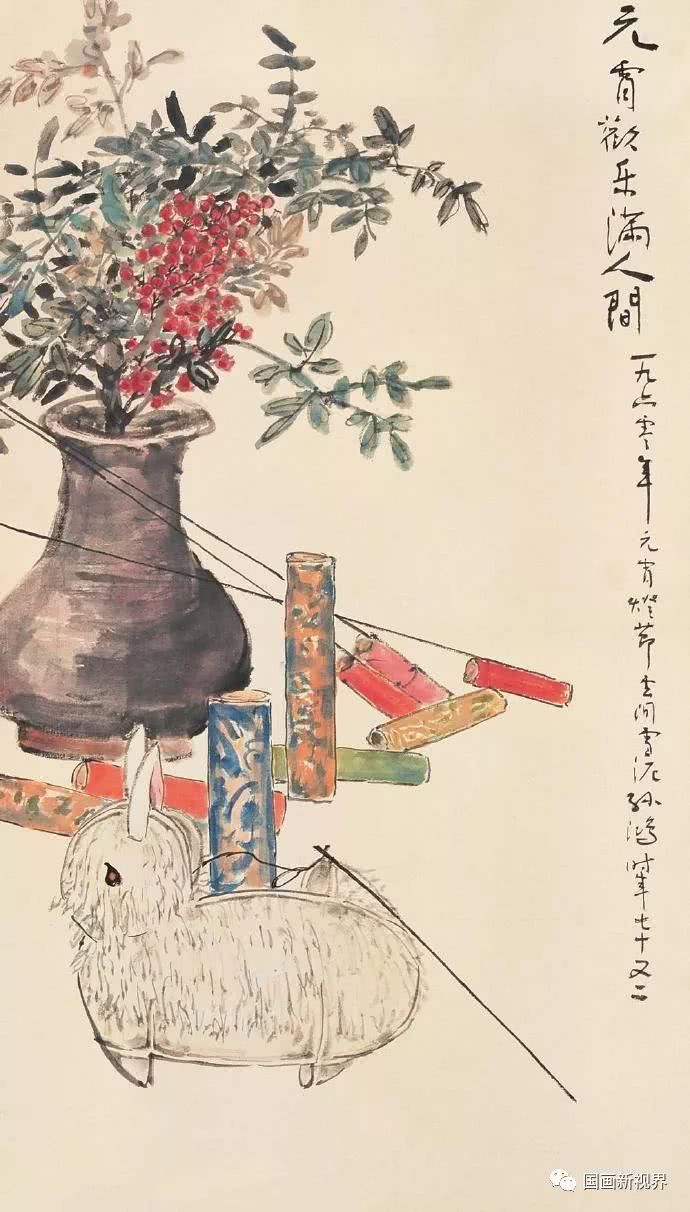
千点寒梅晓角中，一番春信画楼东。